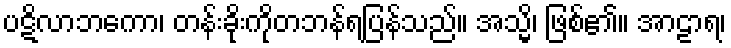
ပဋိလာဘကော၊ တန်းခိုးကိုတဘန်ရပြန်သည်။ အသ္မိ၊ ဖြစ်၏။ အာဠာရ၊